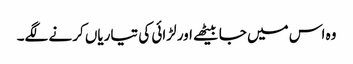
وہ اس میں جا بیٹھے اور لڑائی کی تیاریاں کرنے لگے۔